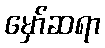
မှော်ဆရာ